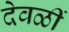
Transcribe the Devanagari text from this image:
देवळीं